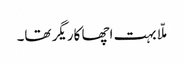
ملّا بہت اچھا کاریگر تھا۔